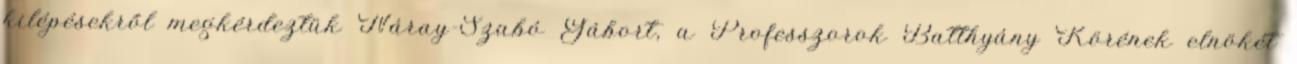
kilépésekről megkérdeztük Náray-Szabó Gábort, a Professzorok Batthyány Körének elnökét